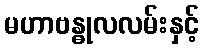
မဟာဗန္ဓုလလမ်းနှင့်